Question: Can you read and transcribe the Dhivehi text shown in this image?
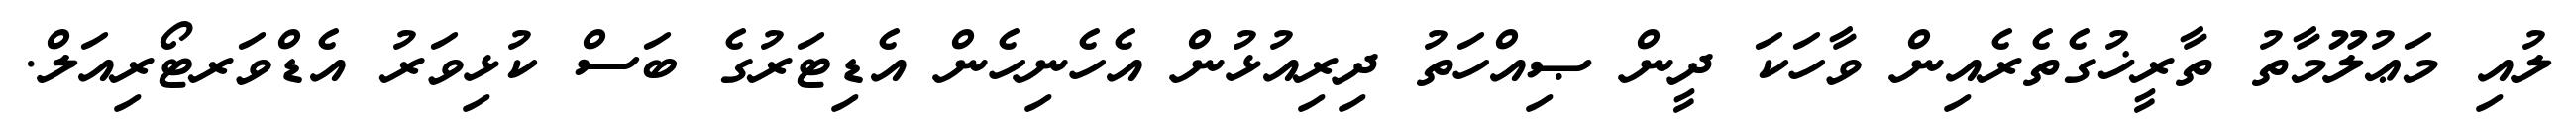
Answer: ލުއި މަޢުލޫމާތު ތާރީޚުގެތެރެއިން ވާހަކަ ދީން ޞިއްހަތު ދިރިއުޅުން އެހެނިހެން އެޑިޓަރުގެ ބަސް ކުޅިވަރު އެޑްވަރޓޯރިއަލް.